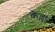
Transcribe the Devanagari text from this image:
कॆल्ला